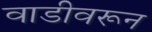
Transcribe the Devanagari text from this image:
वाडीवरून